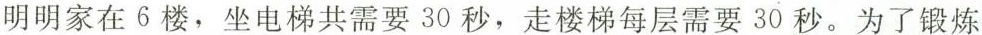
明明家在6楼，坐电梯共需要30秒，走楼梯每层需要30秒。为了锻炼